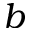
b